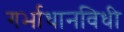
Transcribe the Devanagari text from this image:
गर्भाधानविधी